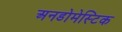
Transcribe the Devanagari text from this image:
अनडोमेस्टिक